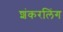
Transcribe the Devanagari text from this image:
शंकरलिंग